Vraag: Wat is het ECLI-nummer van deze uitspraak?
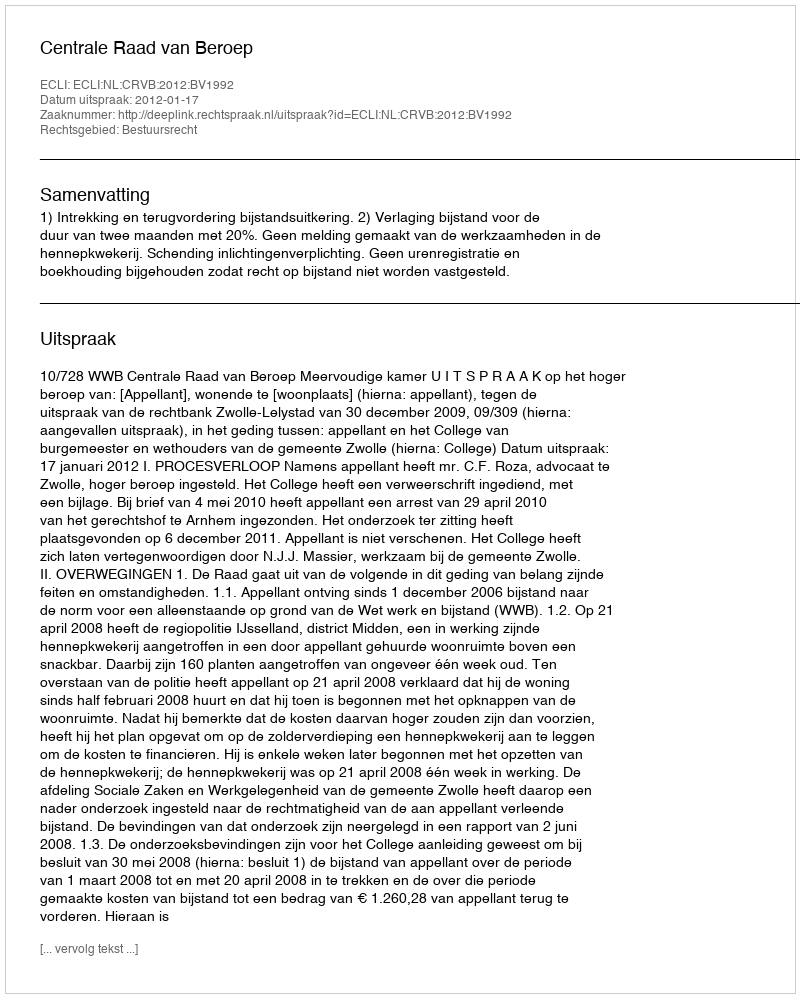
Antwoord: ECLI:NL:CRVB:2012:BV1992